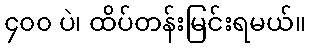
၄၀၀ ပဲ၊ ထိပ်တန်းမြင်းရမယ်။